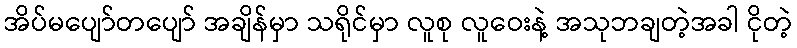
အိပ်မပျော်တပျော် အချိန်မှာ သရိုင်မှာ လူစု လူဝေးနဲ့ အသုဘချတဲ့အခါ ငိုတဲ့